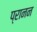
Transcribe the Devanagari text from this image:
प्रानन